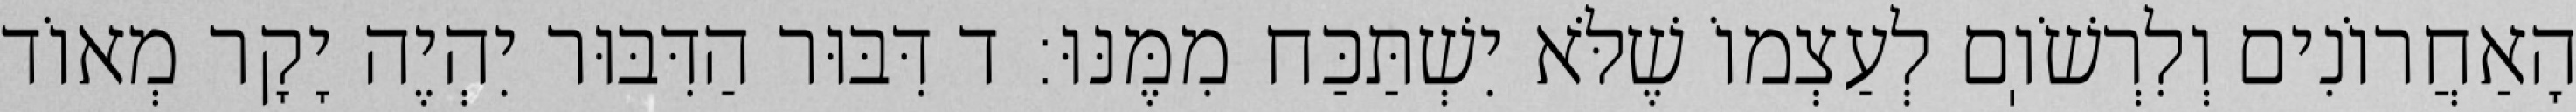
הָאַחֲרוֹנִים וְלִרְשֹׁוֽם לְעַצְמוֹ שֶׁלֹּא יִשְׁתַּכַּח מִמֶּנּוּ: ד דִּבּוּר הַדִּבּוּר יִהְיֶה יָקָר מְאוֹד